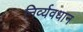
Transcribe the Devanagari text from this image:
निर्व्यवधान